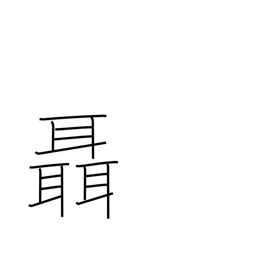
Meaning: whisper